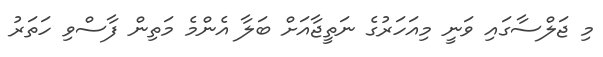
މި ޖަލްސާގައި ވަނީ މިއަހަރުގެ ނަތީޖާއަށް ބަލާ އެންމެ މަތިން ފާސްވި ހަތަރު